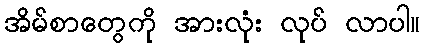
အိမ်စာတွေကို အားလုံး လုပ် လာပါ။